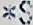
*S